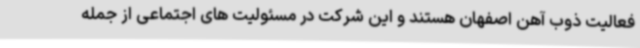
فعالیت ذوب آهن اصفهان هستند و این شرکت در مسئولیت های اجتماعی از جمله